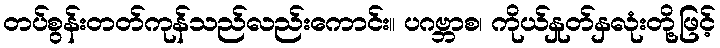
တပ်စွန်းတတ်ကုန်သည်လည်းကောင်း။ ပဂဗ္ဘာစ၊ ကိုယ်နှုတ်နှလုံးတို့ဖြင့်